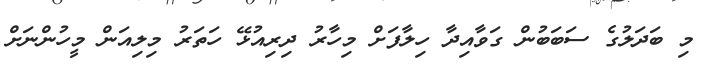
މި ބަދަލުގެ ސަބަބުން ގަވާއިދާ ހިލާފަށް މިހާރު ދިރިއުޅޭ ހަތަރު މިލިއަން މީހުންނަށް